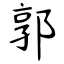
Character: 郭